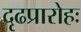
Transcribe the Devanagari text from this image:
दृढप्रारोहः